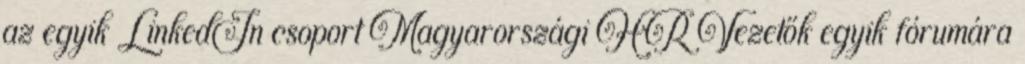
az egyik LinkedIn csoport Magyarországi HR Vezetők egyik fórumára